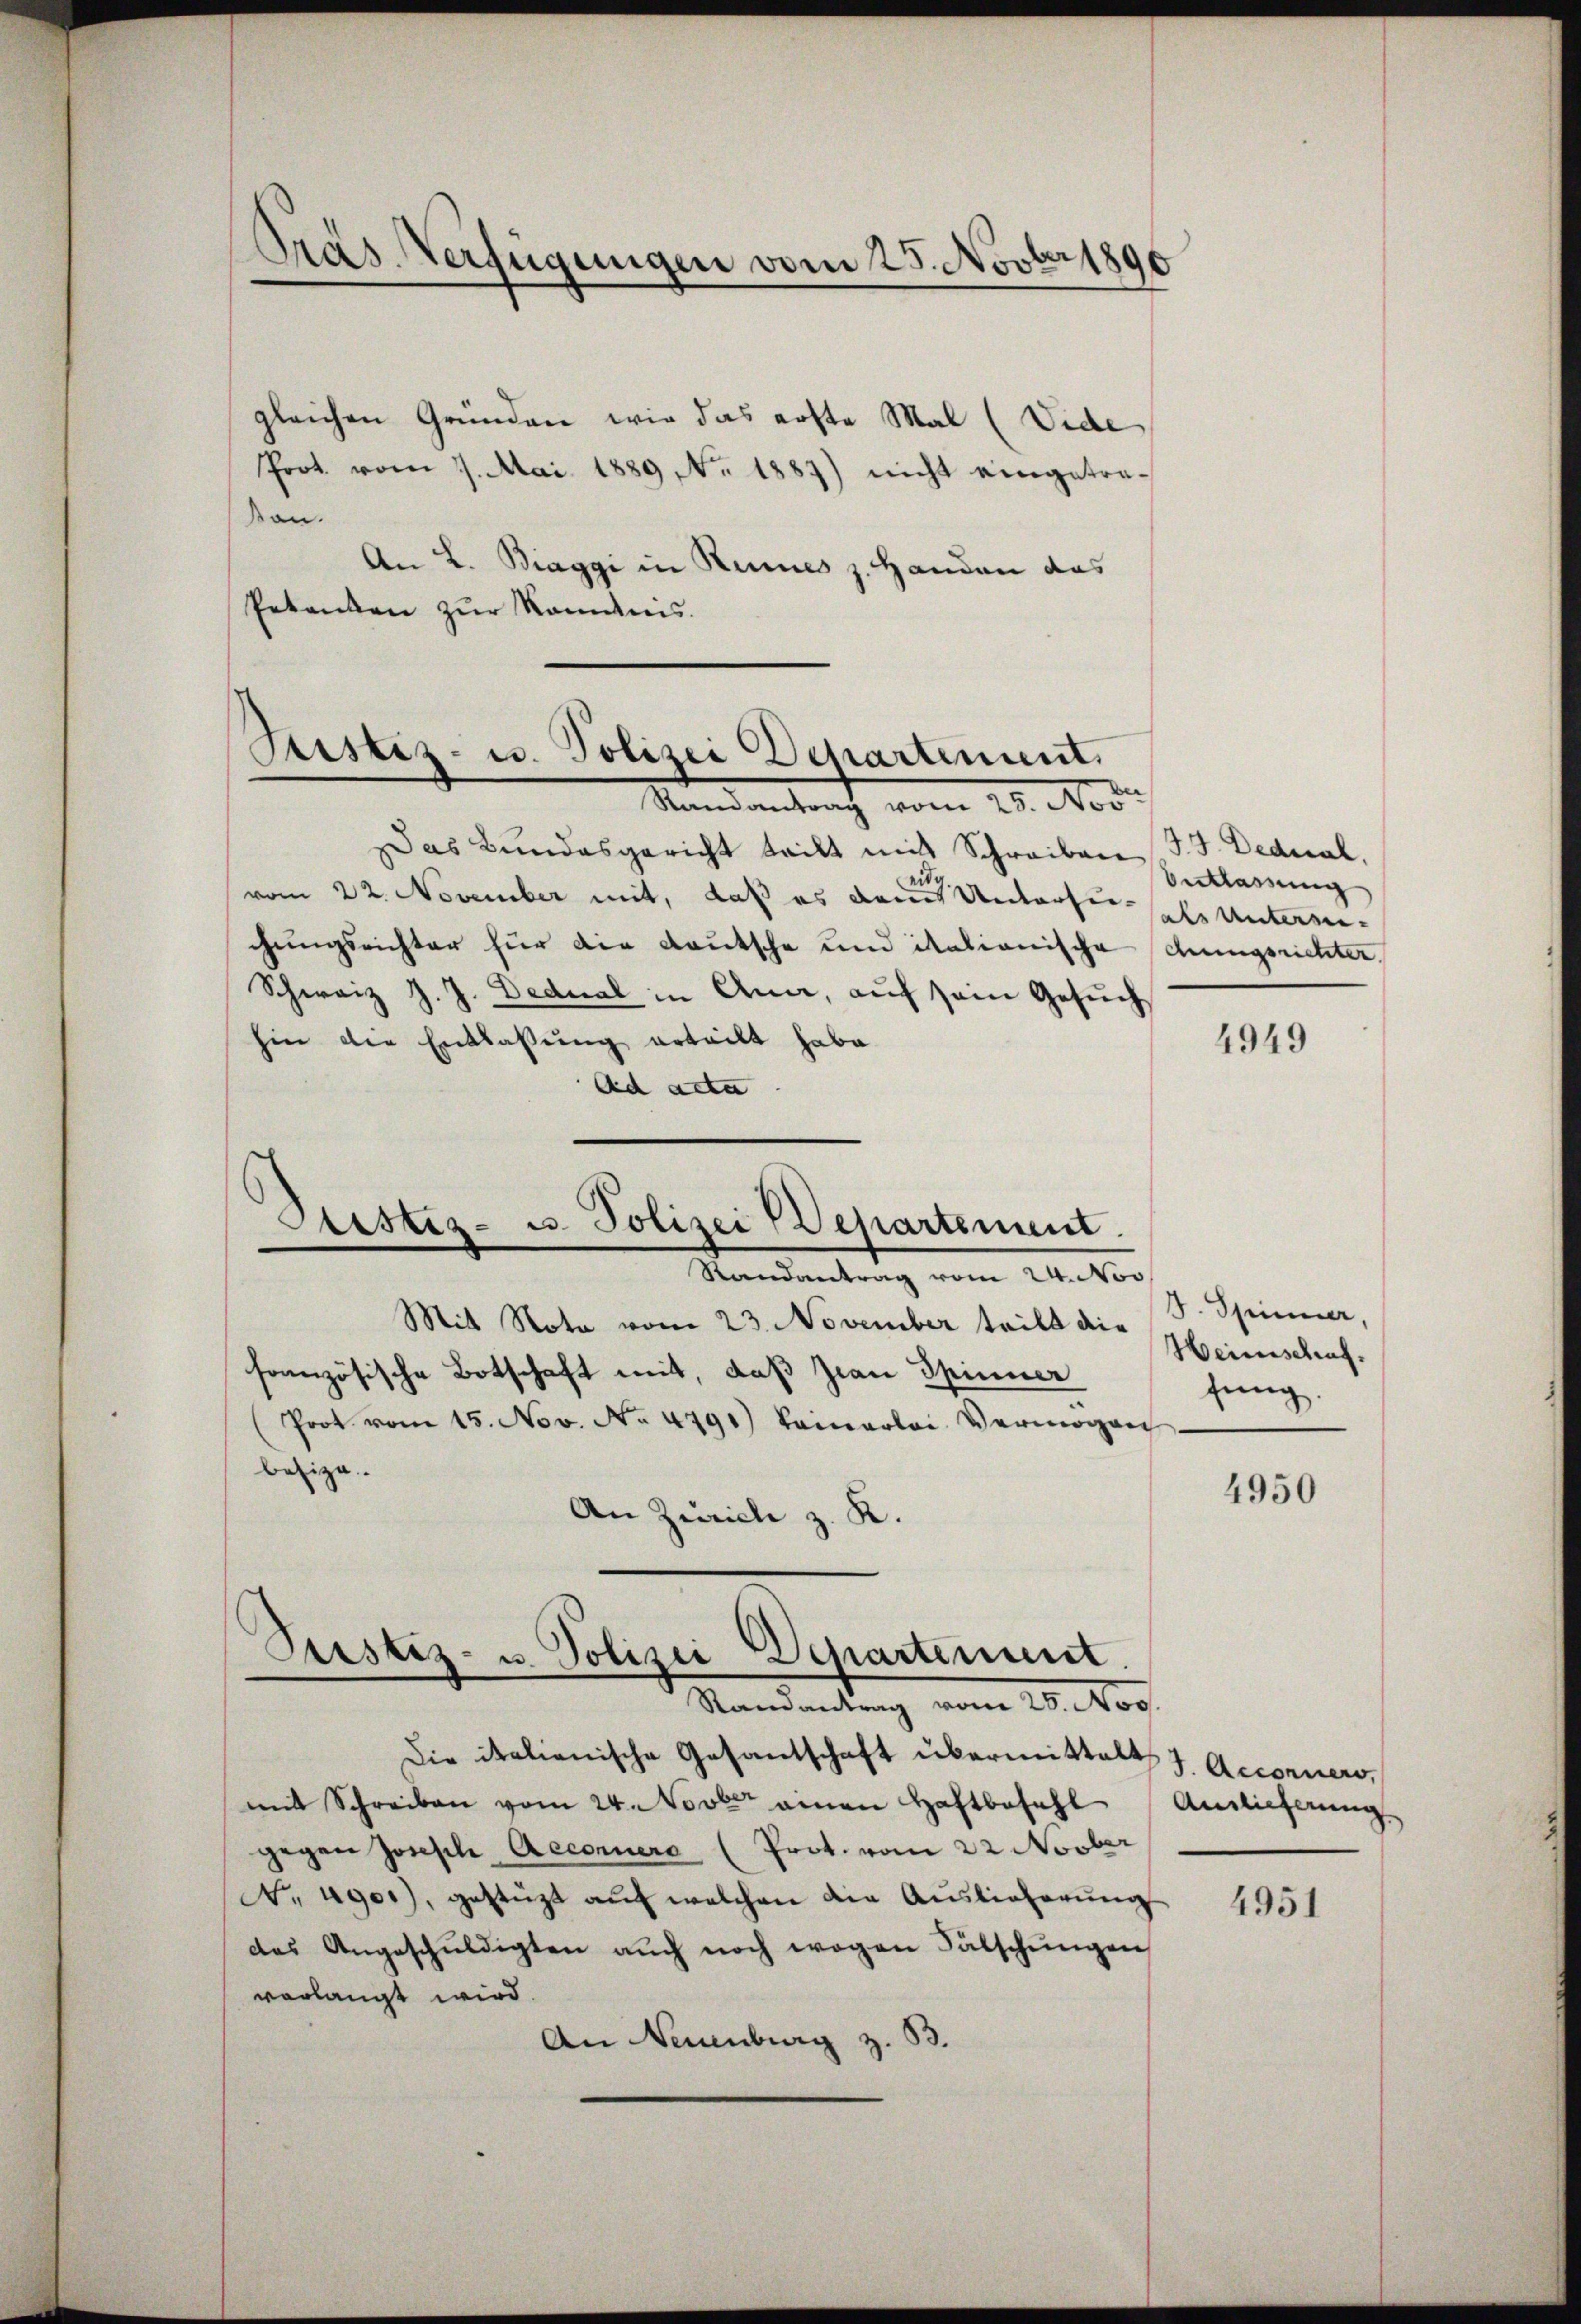
Präs. Verfügungen vom 25. Novber 1890

Sistiz- u. Polizei Departement.
Stand antrach vom 25. Nov.

Das Bundesgericht tritt mit Schreiben
vom 22. November mit, daß es dann Unterseit als Untersechungsrichter für die Kautsche und italionische chungsrichter,
Schweiz J. J. Dednal in Ana, auf sein Gesuch
hin die Entlassung erteilt habe
Ad acta
Stestiz- u. Polizei Departement.
Randantrag vom 24. Nov
Mit Nota vom 23. November teilt die S. Spinner,
französische Botschaft mit, daß Jian Spinner
Prot. vom 15. Nov. No 4791) keinerlei Vermögen
besize.
An Zürich z. K.

gleichen Gründen wie das erste Mal (Vide
Prot. vom 7. Mai 1889 No 1887) nicht eingetrason.
An L. Biaggi in Hannes z. Handen das
Petenten zur Kenntnis.

Pristiz- u. Polizei Departement.
Randantrag vom 28. Nov.

J. J. Dedual
Entlassung

Die italianische Gesantschaft übermittelt J. Accorners,
mit Schreiben vom 24. Novber einen Haftbefehl
gegen Joseph Aeconnere (Prot. vom 22 Novber
No. 490), gestüzt aŭf welchen die Auslieferŭng
des Angeschuldigten auch noch wegen Fälschungen
vorlangt wird.
An Neuenburg z. 33.

4949

Heinschaf
fung.

4950

Amlicherung

4951